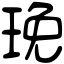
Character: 㻊